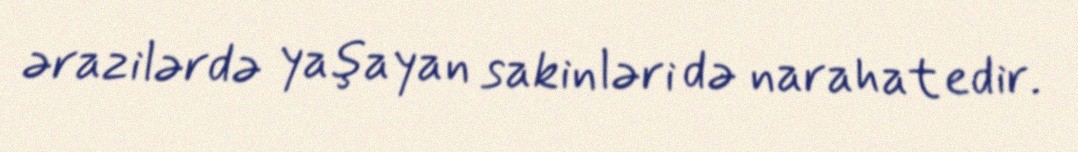
ərazilərdə yaşayan sakinləri də narahat edir.